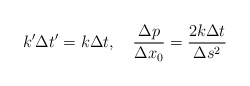
\begin{align*}k'\Delta t' = k\Delta t,\quad {{\Delta p}\over{\Delta x_{0}}}={{2k\Delta t}\over{\Delta s^{2}}} \end{align*}